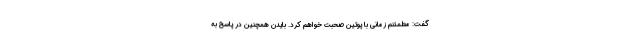
گفت: مطمئنم زمانی با پوتین صحبت خواهم کرد. بایدن همچنین در پاسخ به